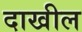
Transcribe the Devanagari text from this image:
दाखील